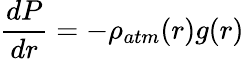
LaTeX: \frac{{dP}}{{dr}}=-\rho_{{atm}}(r)g(r)